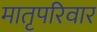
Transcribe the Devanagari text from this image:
मातृपरिवार